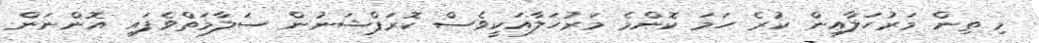
މި ތިން މަރުހަލާއިން ކުރެ ހަމަ ކޮންމެ މަރުހަލާއަކީވެސް ކޮރަޕްޝަނުން ސަލާމަތްވެފައި އޮންނަން